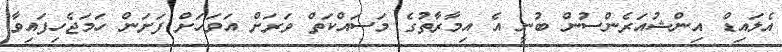
އެލައިޑް އިންޝުއަރެންސުން ބުނީ އެ އިމާރާތުގެ މަސައްކަތް ވަރަށް އަވަހަށް ފަށަން ހަމަޖެހިފައިވާ